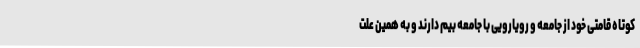
کوتاه قامتی خود از جامعه و رویارویی با جامعه بیم دارند و به همین علت